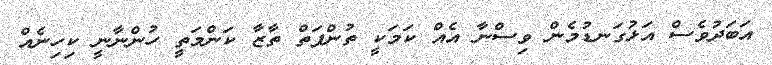
އަބަދުވެސް އަޅުގަނޑުމެން ވިސްނާ އެއް ކަމަކީ ތުންފަތް ތާޒާ ކަންމަތީ ހުންނާނީ ކިހިނެއް